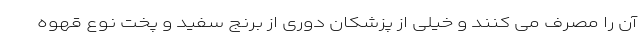
آن را مصرف می کنند و خیلی از پزشکان دوری از برنج سفید و پخت نوع قهوه